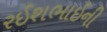
રઈશભાઈની